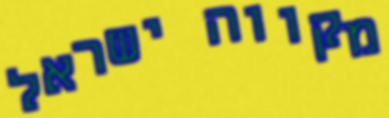
מקווה ישראל